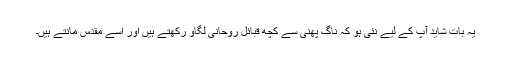
یہ بات شاید آپ کے لیے نئی ہو کہ ناگ پھنی سے کچھ قبائل روحانی لگاؤ رکھتے ہیں اور اسے مقدس مانتے ہیں۔